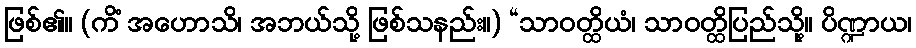
ဖြစ်၏။ (ကိံ အဟောသိ၊ အဘယ်သို့ ဖြစ်သနည်း။) “သာဝတ္ထိယံ၊ သာဝတ္ထိပြည်သို့။ ပိဏ္ဍာယ၊